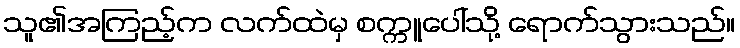
သူ၏အကြည့်က လက်ထဲမှ စက္ကူပေါ်သို့ ရောက်သွားသည်။